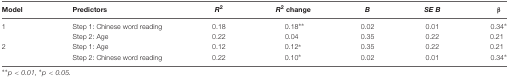
| Model | Predictors | R2 | R2 change | B | SE B | β |
 | --- | --- | --- | --- | --- | --- | --- |
 | 1 | Step 1: Chinese word reading | 0.18 | 0.18∗∗ | 0.02 | 0.01 | 0.34∗ |
 |  | Step 2: Age | 0.22 | 0.04 | 0.35 | 0.22 | 0.21 |
 | 2 | Step 1: Age | 0.12 | 0.12∗ | 0.35 | 0.22 | 0.21 |
 |  | Step 2: Chinese word reading | 0.22 | 0.10∗ | 0.02 | 0.01 | 0.34∗ |